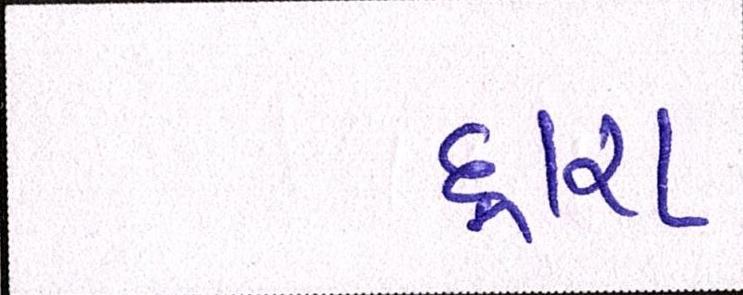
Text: દ્ધારા